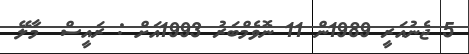
5 ޖެނުއަރީ 1989ން 11 ނޮވެމްބަރު 1993އަށް : ރައީސް  މާލޭ